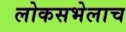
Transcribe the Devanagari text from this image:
लोकसभेलाच